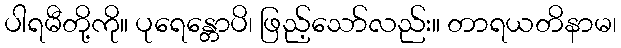
ပါရမီတို့ကို။ ပုရေန္တောပိ၊ ဖြည့်သော်လည်း။ တာရယတိနာမ၊